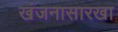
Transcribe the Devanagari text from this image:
खंजनासारखा